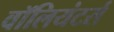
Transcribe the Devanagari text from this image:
वॉलियंटर्स